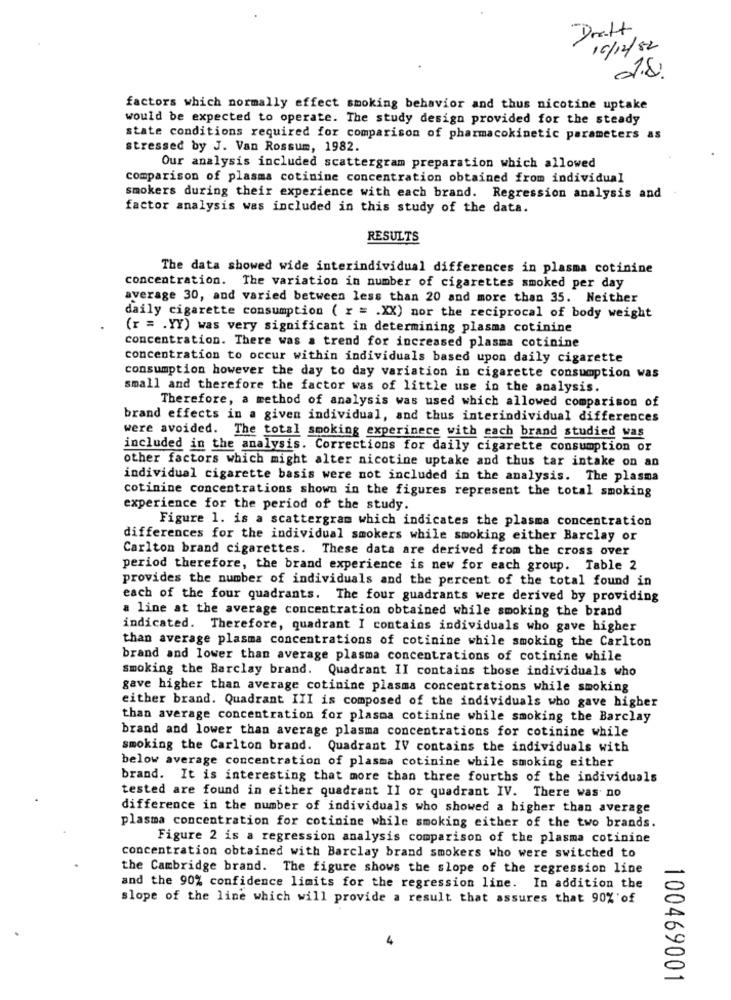
Dratt
10/12/82
factors which normally effect smoking behavior and thus nicotine uptake
would be expected to operate. The study design provided for the steady
state conditions required for comparison of pharmacokinetic parameters as
stressed by J. Van Rossum, 1982.
Our analysis included scattergram preparation which allowed
comparison of plasma cotinine concentration obtained from individual
smokers during their experience with each brand. Regression analysis and
factor analysis was included in this study of the data.
RESULTS
The data showed wide interindividual differences in plasma cotinine
concentration. The variation in number of cigarettes smoked per day
average 30, and varied between less than 20 and more than 35. Neither
daily cigarette consumption ( r = . XX) nor the reciprocal of body weight
(r = . YY) was very significant in determining plasma cotinine
concentration. There was a trend for increased plasma cotinine
concentration to occur within individuals based upon daily cigarette
consumption however the day to day variation in cigarette consumption was
small and therefore the factor was of little use in the analysis.
Therefore, a method of analysis was used which allowed comparison of
brand effects in a given individual, and thus interindividual differences
were avoided. The total smoking experinece with cach brand studied was
included in the analysis. Corrections for daily cigarette consumption or
other factors which might alter nicotine uptake and thus tar intake on an
individual cigarette basis were not included in the analysis. The plasma
cotinine concentrations shown in the figures represent the total smoking
experience for the period of the study.
Figure 1. is a scattergram which indicates the plasma concentration
differences for the individual smokers while smoking either Barclay or
Carlton brand cigarettes. These data are derived from the cross over
period therefore, the brand experience is new for each group. Table 2
provides the number of individuals and the percent of the total found in
each of the four quadrants. The four guadrants were derived by providing
a line at the average concentration obtained while smoking the brand
indicated. Therefore, quadrant I contains individuals who gave higher
than average plasma concentrations of cotinine while smoking the Carlton
brand and lower than average plasma concentrations of cotinine while
smoking the Barclay brand. Quadrant II contains those individuals who
gave higher than average cotinine plasma concentrations while smoking
either brand. Quadrant III is composed of the individuals who gave higher
than average concentration for plasma cotinine while smoking the Barclay
brand and lower than average plasma concentrations for cotinine while
smoking the Carlton brand. Quadrant IV contains the individuals with
below average concentration of plasma cotinine while smoking either
brand. It is interesting that more than three fourths of the individuals
tested are found in either quadrant II or quadrant IV. There was no
difference in the number of individuals who showed a higher than average
plasma concentration for cotinine while smoking either of the two brands.
Figure 2 is a regression analysis comparison of the plasma cotinine
concentration obtained with Barclay brand smokers who were switched to
the Cambridge brand. The figure shows the slope of the regression line
and the 90% confidence limits for the regression line. In addition the
slope of the line which will provide a result that assures that 90% of
100469001